Lunatic asylums Bombay report 1891-1903 - 1891-1903
Year: 1891
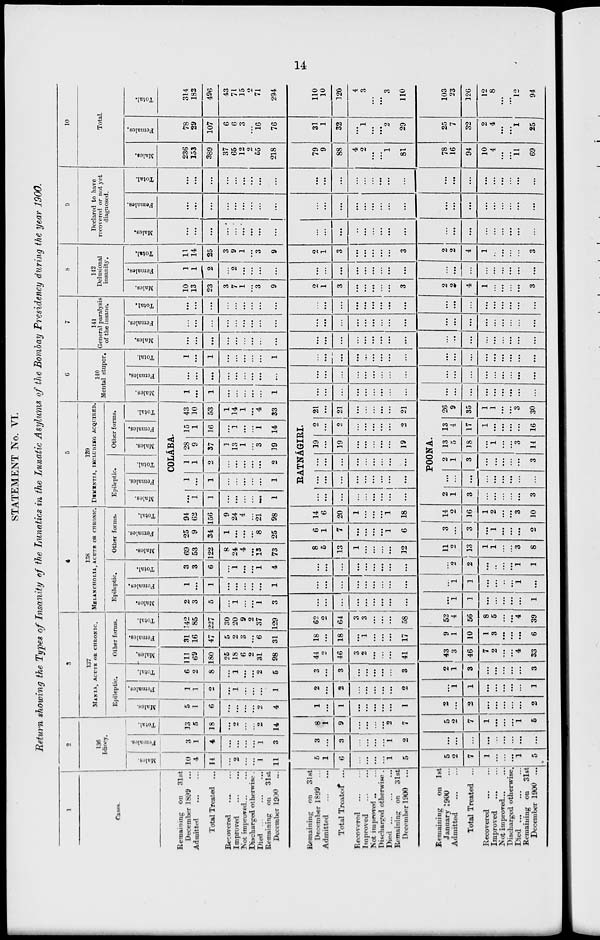
14
STATEMENT No. VI.
Return showing the Types of Insanity of the Lunatics in the Lunatic Asylums of the Bombay Presidency during the year 1900.
1
Cases.
Remaining on 31st
December 1899 ...
Admitted ... ...
Total Treated ...
Recovered ... ...
Improved
...
...
Not improved ... ...
Discharged otherwise .
Died ...
...
...
Remaining on
31st
December 1900
...
Remaining on
31st
December 1899 ...
Admitted ... ...
Total Treated ...
Recovered ... ...
Improved ... ...
Not improved .. ...
Discharged otherwise .
Died ...
...
...
Remaining on
31st
December 1900
...
Remaining
on 1st
January 1900 ...
Admitted
...
...
Total Treated ...
Recovered
...
...
Improved
...
...
Not improved ... ...
Discharged otherwise.
Died
...
...
...
Remaining on 31st
December 1900 ...
2
136
Idiocy.
Males.
10
4
14
...
2
...
...
1
11
5
1
6
...
...
...
...
1
5
5
2
7
1
...
...
...
1
5
Females.
3
1
4
...
...
...
...
1
3
3
...
3
...
...
...
...
1
2
...
...
...
...
...
...
...
...
...
Total.
13
5
18
...
2
...
2
14
6
1
9
...
...
...
...
2
7
5
2
7
1
...
...
...
1
5
3
137
MANIA, ACUTE OR CHRONIC.
Epileptic.
Males.
5
1
6
...
...
...
...
2
4
1
...
1
...
...
...
...
...
1
2
...
2
...
...
...
...
...
2
Females.
1
1
2
...
1
...
...
...
1
2
...
2
...
...
...
...
...
2
...
1
1
...
...
...
...
...
1
Total.
6
2
8
...
1
...
...
2
5
3
...
3
...
...
...
...
...
3
2
1
3
...
...
...
...
...
3
Other forms.
Males.
111
69
180
25
18
6
2
31
98
44
2
46
3
2
...
...
...
41
43
3
46
7
2
...
...
4
33
Females.
31
16
47
5
2
3
...
6
31
18
...
18
...
1
...
...
...
17
9
1
10
1
3
...
...
...
6
Total.
142
85
227
30
20
9
2
37
129
62
2
64
3
3
...
...
...
58
52
4
56
8
5
...
...
4
39
4
138
MELANCHOLIA, ACUTE OR CHRONIC.
Epileptic.
Males.
2
3
5
...
1
...
...
1
3
...
...
...
...
...
...
...
...
...
...
1
1
...
...
...
...
...
1
Females.
1
...
1
...
...
...
...
...
1
...
...
...
...
...
...
...
...
...
1
1
...
...
...
...
1
...
Total.
3
3
6
...
1
...
...
1
4
...
...
...
...
...
...
...
...
...
...
2
2
...
...
...
...
1
1
Other forms.
Males.
69
53
122
8
24
4
...
13
73
8
5
13
1
...
...
...
...
12
11
2
13
1
1
...
...
3
8
Females.
25
9
34
1
...
...
...
8
25
6
1
7
...
...
...
...
1
6
3
...
3
...
1
...
...
...
2
Total.
94
62
156
9
24
4
...
21
98
14
6
20
1
...
...
...
1
18
14
2
16
1
2
...
. ..
3
10
5
139
DEMENTIA, INCLUDING ACQUIRED.
Epileptic.
Males.
Females.
Total.
Other forms.
Males.
Females.
Total.
COLA'BA.
...
1
1
...
...
...
...
...
1
1
...
1
...
...
...
...
...
1
1
1
2
...
...
...
...
...
2
28
9
37
1
13
1
...
3
19
15
1
16
...
1
...
...
1
14
43
10
53
1
14
1
...
4
33
RATNA'GIRL
...
...
...
...
...
...
...
...
...
...
...
...
...
...
...
...
...
...
...
...
...
...
...
...
...
...
...
19
...
19
...
...
...
...
...
19
2
...
2
...
...
...
...
...
2
21
. ..
21
...
...
...
...
...
21
POONA.
2
1
3
...
...
...
...
...
3
...
...
...
...
...
...
...
...
...
2
1
3
...
...
...
...
...
3
13
5
18
...
1
...
...
3
14
13
4
17
1
...
. ..
...
...
16
26
9
35
1
1
...
...
3
30
6
140
Mental stupor.
Males.
1
...
1
...
...
...
...
...
1
...
...
...
...
...
...
...
...
...
...
...
...
...
...
...
...
...
...
Females.
...
...
...
...
...
...
...
...
...
...
...
...
...
...
...
...
...
...
...
...
...
...
...
...
...
...
...
Total.
1
...
1
...
...
...
...
...
1
...
...
...
. ..
...
...
...
...
...
...
. . .
...
...
. . .
. ..
. ..
. ..
. ..
7
141
General paralysis
of the insane.
Males.
. . .
...
. ..
...
...
...
...
..
...
. ..
. ..
. ..
. . .
. ..
. ..
. ..
. ..
. . .
. . .
...
...
...
...
...
...
...
Females.
...
...
...
...
...
...
...
...
...
...
...
...
. . .
. ..
. ..
...
. ..
. ..
. ..
...
...
...
...
...
...
...
. ..
Total.
. ..
...
...
...
...
...
...
...
...
...
...
...
...
...
...
...
...
...
...
...
...
...
...
...
8
142
Delusional
insanity.
Males.
10
13
23
3
7
1
...
3
9
2
1
3
...
...
...
...
...
3
2
2
4
1
...
...
...
...
3
Females.
1
1
2
2
...
...
...
...
. ..
...
...
...
...
...
...
...
...
...
...
...
...
...
...
...
...
Total.
11
14
25
3
9
1
. ..
3
9
2
1
3
...
...
...
...
...
3
2
2
4
1
...
...
...
...
3
9
Declared to have
recovered or not yet
diagnosed.
Males.
...
...
...
...
...
...
...
...
...
...
...
...
...
. ..
...
...
. ..
...
...
...
....
...
...
...
...
...
...
Females.
...
...
...
...
...
...
...
...
...
...
...
...
...
...
...
...
...
...
...
...
...
...
...
...
...
...
...
Total.
...
...
...
...
...
...
...
...
...
...
...
...
...
...
...
...
...
...
...
...
...
...
...
...
...
...
...
10
Total.
Males.
236
153
389
37
65
12
2
55
218
79
9
88
4
2
...
...
1
81
78
16
94
10
4
...
...
11
69
Females.
78
29
107
6
6
3
...
16
76
31
1
32
...
1
...
...
2
29
25
7
32
2
4
...
...
1
25
Total.
314
182
496
43
71
15
2
71
294
110
10
120
4
3
...
...
3
110
103
23
126
12
8
...
...
12
94